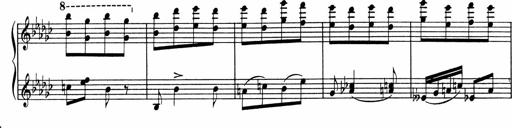
Title: Sonatine pour piano
Composer: Albert Roussel